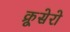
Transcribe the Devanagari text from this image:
क्रूसेरो